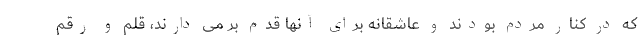
که در کنار مردم بودند و عاشقانه برای آنها قدم بر می دارند، قلم و رقم